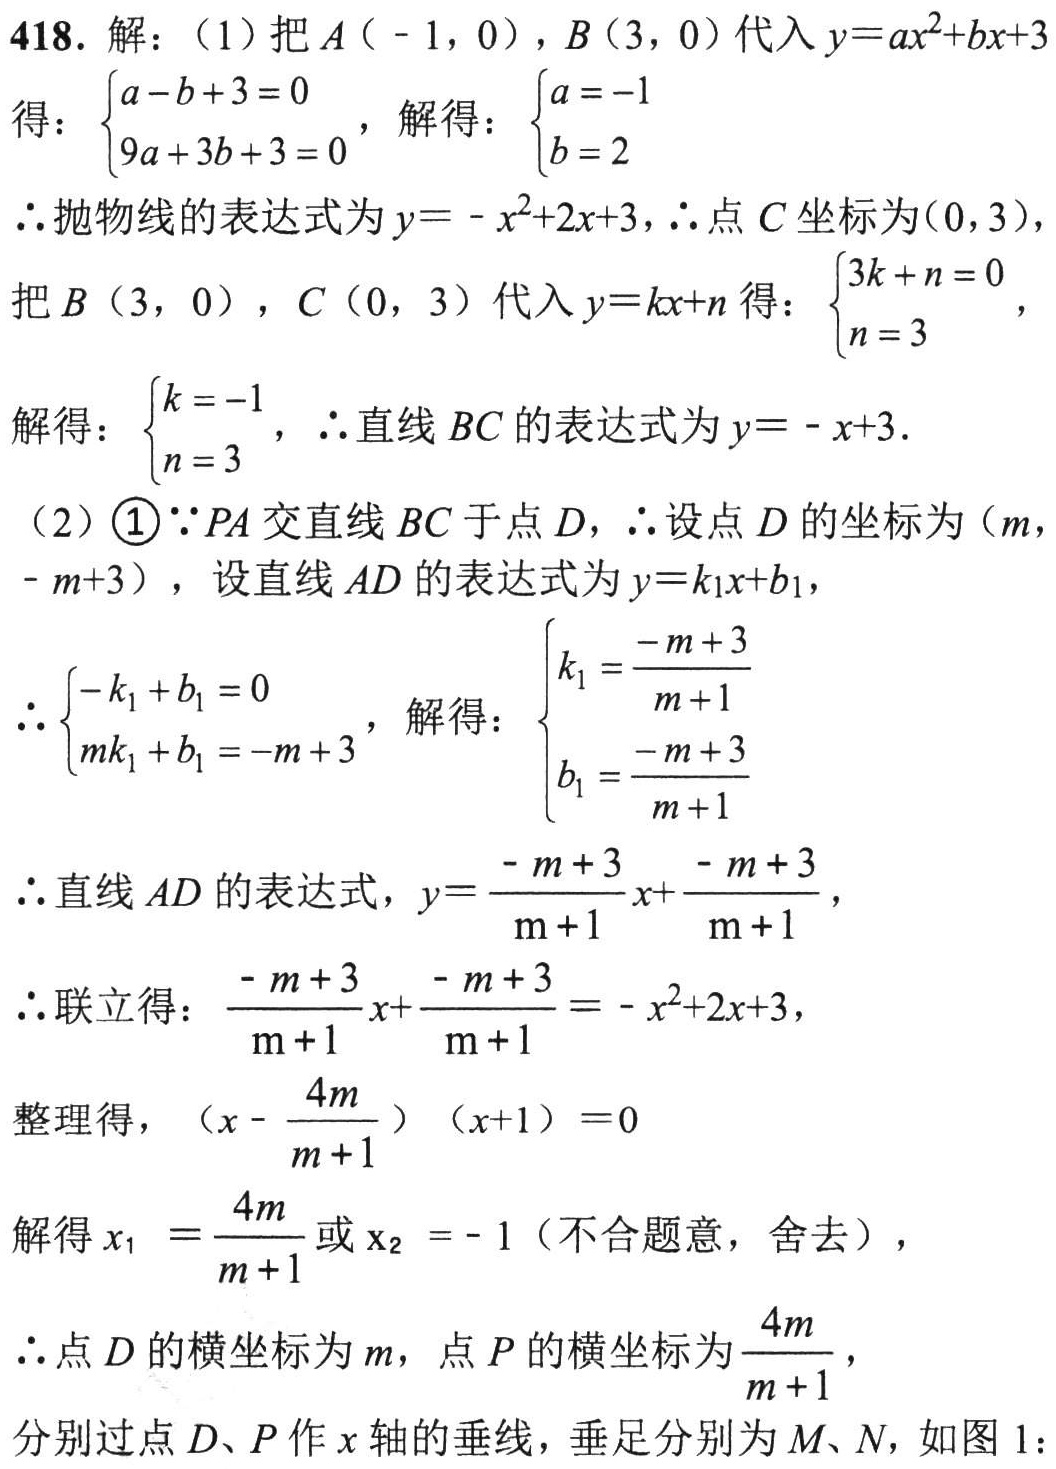
418. 解：（1）把\(A(-1,0)\)，\(B(3,0)\)代入\(y = ax^{2}+bx + 3\)
得：\(\begin{cases}a - b + 3 = 0\\9a + 3b + 3 = 0\end{cases}\)，解得：\(\begin{cases}a=-1\\b = 2\end{cases}\)
\(\therefore\)抛物线的表达式为\(y=-x^{2}+2x + 3\)，\(\therefore\)点\(C\)坐标为\((0,3)\)，
把\(B(3,0)\)，\(C(0,3)\)代入\(y = kx + n\)得：\(\begin{cases}3k + n = 0\\n = 3\end{cases}\)，
解得：\(\begin{cases}k=-1\\n = 3\end{cases}\)，\(\therefore\)直线\(BC\)的表达式为\(y=-x + 3\).
（2）\textcircled{1}\(\because PA\)交直线\(BC\)于点\(D\)，\(\therefore\)设点\(D\)的坐标为\((m,-m + 3)\)，设直线\(AD\)的表达式为\(y = k_{1}x + b_{1}\)，
\(\therefore\begin{cases}-k_{1}+b_{1}=0\\mk_{1}+b_{1}=-m + 3\end{cases}\)，解得：\(\begin{cases}k_{1}=\frac{-m + 3}{m + 1}\\b_{1}=\frac{-m + 3}{m + 1}\end{cases}\)
\(\therefore\)直线\(AD\)的表达式，\(y=\frac{-m + 3}{m + 1}x+\frac{-m + 3}{m + 1}\)，
\(\therefore\)联立得：\(\frac{-m + 3}{m + 1}x+\frac{-m + 3}{m + 1}=-x^{2}+2x + 3\)，
整理得，\((x-\frac{4m}{m + 1})(x + 1)=0\)
解得\(x_{1}=\frac{4m}{m + 1}\)或\(x_{2}=-1\)（不合题意，舍去），
\(\therefore\)点\(D\)的横坐标为\(m\)，点\(P\)的横坐标为\(\frac{4m}{m + 1}\)，
分别过点\(D、P\)作\(x\)轴的垂线，垂足分别为\(M、N\)，如图1：